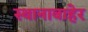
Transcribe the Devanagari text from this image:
स्थानाबाहेर